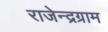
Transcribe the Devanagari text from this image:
राजेन्द्रग्राम